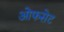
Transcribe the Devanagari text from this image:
ओफसेट